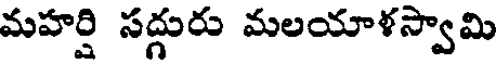
మహర్షి సద్గురు మలయాళస్వామి